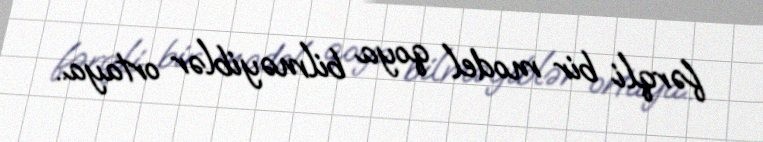
fərqli bir model qoya bilməyiblər ortaya..